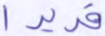
قديرا